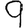
Digit: 9